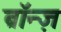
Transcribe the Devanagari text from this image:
ब्रॉन्ज़